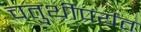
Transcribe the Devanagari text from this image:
चतुर्थीपर्यंत